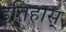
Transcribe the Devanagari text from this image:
इतिहास्